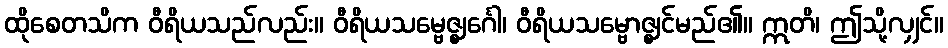
ထိုစေတသိက ဝီရိယသည်လည်း။ ဝီရိယသမ္ဗေဇ္ဈင်္ဂေါ၊ ဝီရိယသမ္ဗောဇ္ဈင်မည်၏။ ဣတိ၊ ဤသို့လျှင်။